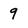
Character: 9